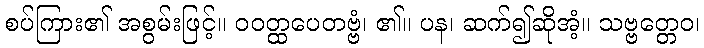
စပ်ကြား၏ အစွမ်းဖြင့်။ ဝဝတ္ထပေတဗ္ဗံ၊ ၏။ ပန၊ ဆက်၍ဆိုအံ့။ သဗ္ဗတ္တေဝ၊